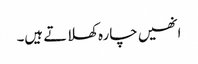
انھیں چارہ کھلاتے ہیں۔